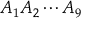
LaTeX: A _ { 1 } A _ { 2 } \dotsm A _ { 9 }